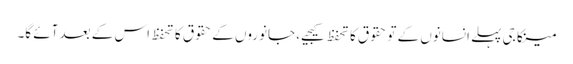
مینکا جی پہلے انسانوں کے تو حقوق کا تحفظ کیجیے، جانوروں کے حقوق کا تحفظ اس کے بعد آئے گا۔